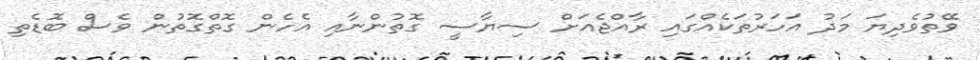
ވޭތުވެދިޔަ މަދު އަހަރުތަކެއްގައި ރާއްޖެއަށް ސިޔާސީ ގޮތުންނާއި އެހެން ގޮތްގޮތުން ވެސް ބޮޑެތި